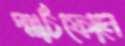
স্মার্টফোনে